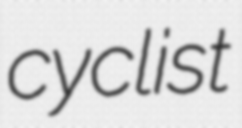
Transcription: cyclist